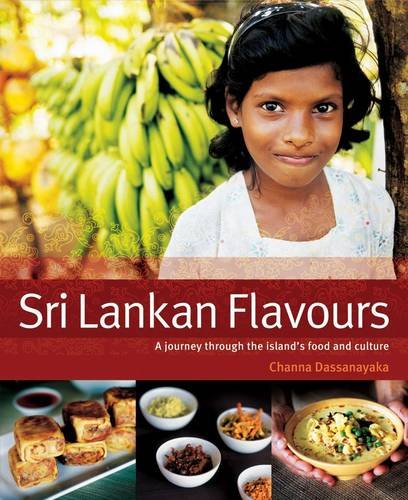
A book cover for Sri Lankan Flavours: A Journey Through The Island's Food And Culture; Channa Dassanayaka; Travel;